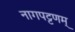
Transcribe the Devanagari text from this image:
नागपट्टणम्